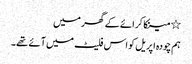
٭ مینکا کرائے کے گھر میں
ہم چودہ اپریل کو اس فلیٹ میں آئے تھے۔